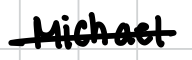
Text: Michael
Cross-out: single-line
Writing tool: digital_black